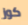
كوز